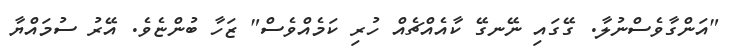
"އަންގާވެސްނުލާ. ގޭގައި ނޭނގޭ ކާއެއްޗެއް ހުރި ކަމެއްވެސް" ޒަހާ ބުންޏެވެ. އޭރު ސުމައްޔާ